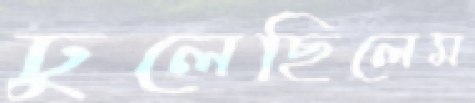
ঢুলেছিলেম